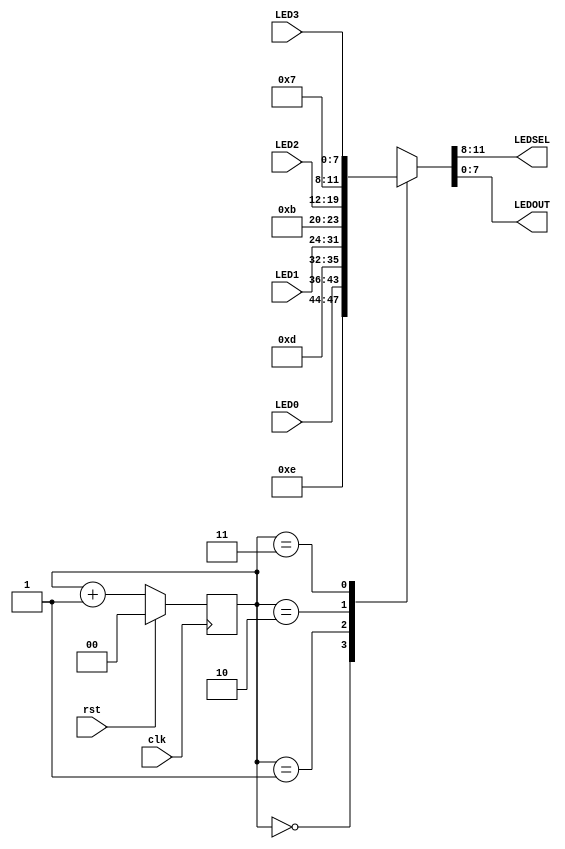
module led_mux (
        input  wire       clk,
        input  wire       rst,
        input  wire [7:0] LED3,
        input  wire [7:0] LED2,
        input  wire [7:0] LED1,
        input  wire [7:0] LED0,
        output wire [3:0] LEDSEL,
        output wire [7:0] LEDOUT
    );

    reg [1:0]  index;
    reg [11:0] led_ctrl;

    assign {LEDSEL, LEDOUT} = led_ctrl;
    
    always @ (posedge clk) index <= (rst) ? 2'b0 : (index + 2'd1);
    
    always @ (index, LED0, LED1, LED2, LED3) begin
        case (index)
               2'd0: led_ctrl <= {4'b1110, LED0};
               2'd1: led_ctrl <= {4'b1101, LED1};
               2'd2: led_ctrl <= {4'b1011, LED2};
               2'd3: led_ctrl <= {4'b0111, LED3};
            default: led_ctrl <= {4'b1111, 8'hFF};
        endcase
    end
    
endmodule